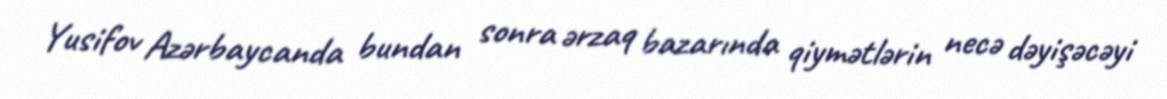
Yusifov Azərbaycanda bundan sonra ərzaq bazarında qiymətlərin necə dəyişəcəyi